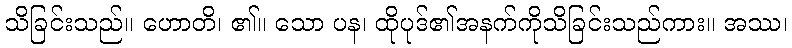
သိခြင်းသည်။ ဟောတိ၊ ၏။ သော ပန၊ ထိုပုဒ်၏အနက်ကိုသိခြင်းသည်ကား။ အဿ၊